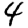
Digit: 4